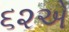
૬૨એ